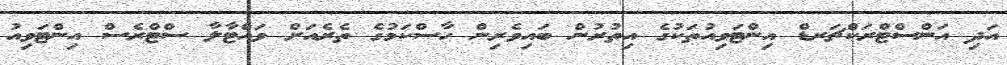
އަދި އަންސްޓްރަކްޗަރޑް އިންޓަވިއުތަކުގެ އިތުރުން ބައިވެރިން ހާސްކަމުގެ ތެރެއަށް ވައްޓާލާ ސްޓްރެސް އިންޓަވިއު